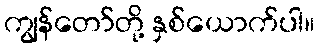
ကျွန်တော်တို့ နှစ်ယောက်ပါ။